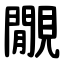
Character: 覵